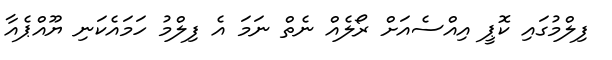
ފިލްމުގައި ކޮޕީ އިއްސެއަށް ރޯލެއް ނެތް ނަމަ އެ ފިލްމު ހަމައެކަނި ޔޫއްޕެއާ